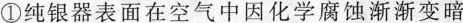
)①纯银器表面在空气中因化学腐蚀渐渐变暗②当镀锡铁